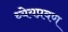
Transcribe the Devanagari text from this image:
ध्येयप्रवण